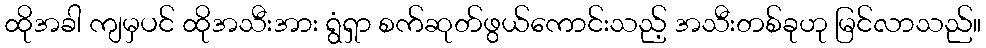
ထိုအခါ ကျမှပင် ထိုအသီးအား ရွံရှာ စက်ဆုတ်ဖွယ်ကောင်းသည့် အသီးတစ်ခုဟု မြင်လာသည်။